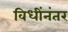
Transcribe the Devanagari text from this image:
विधींनंतर